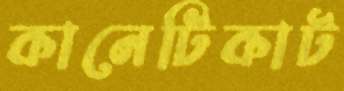
কানেটিকাট